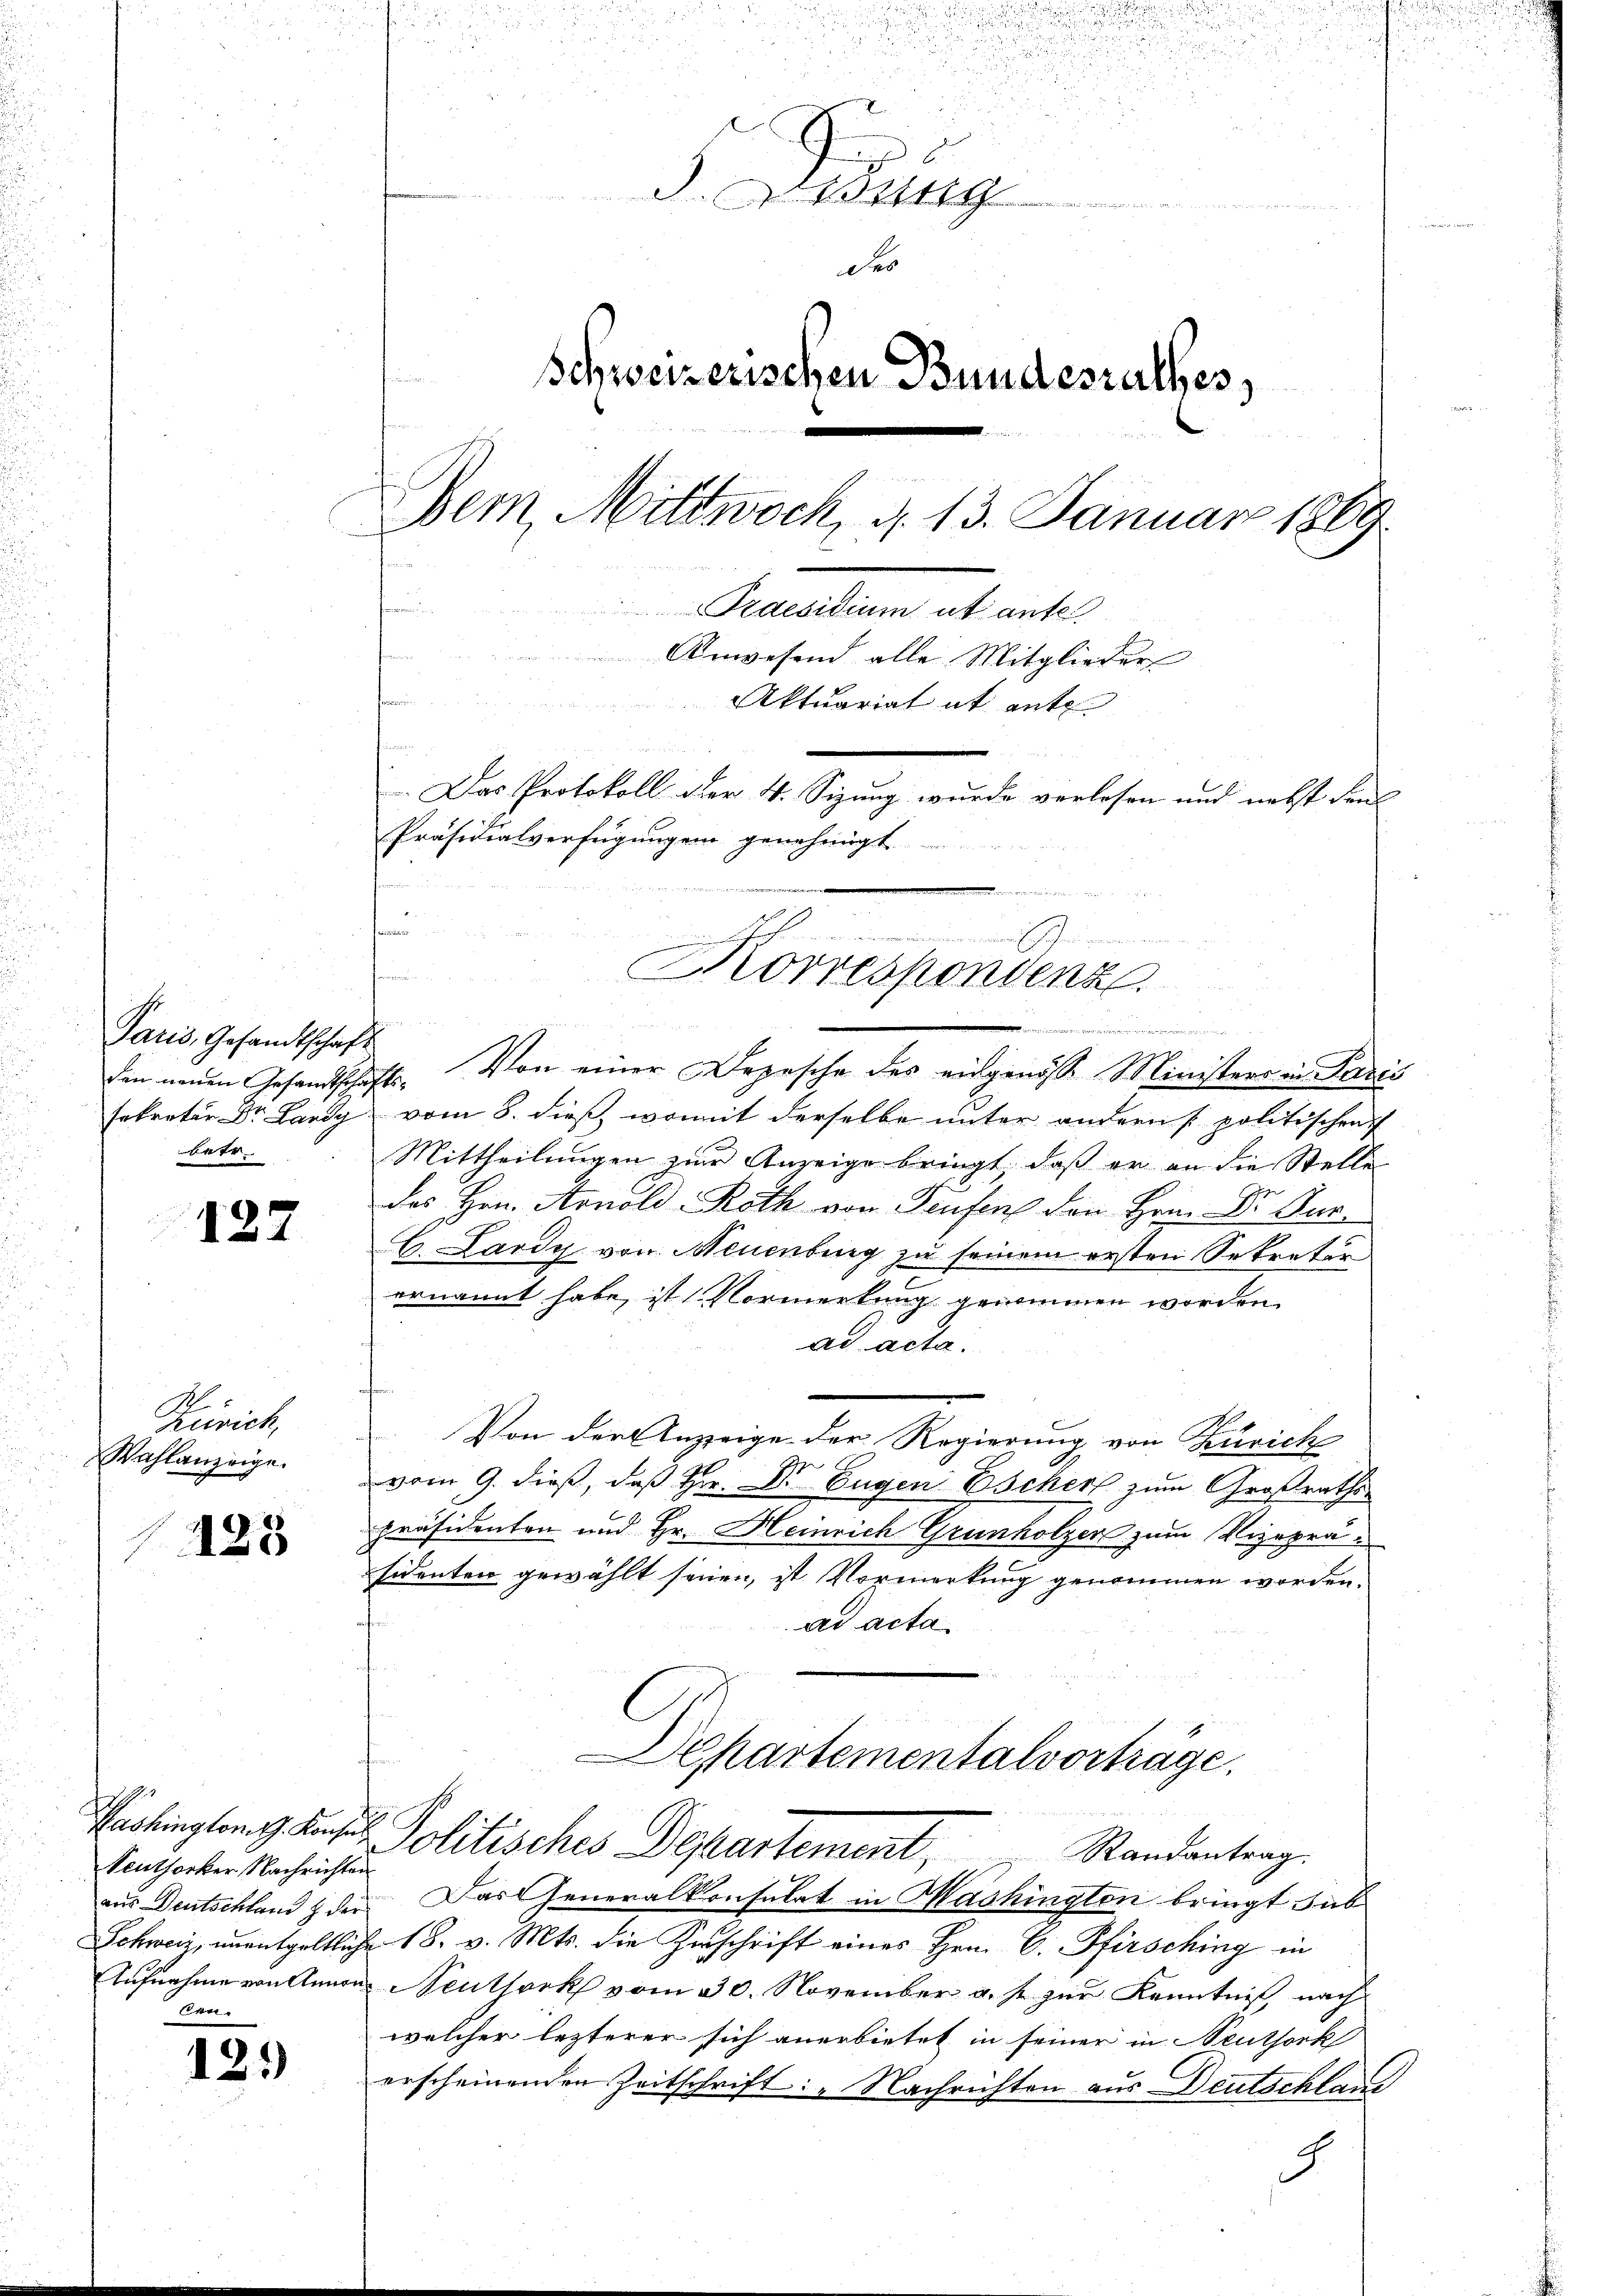
Paris, Gesandtschaft
betr.

127

Zürich,
Wahlanzeige.

125

Veuthorker Nachrichten
den.

121)

n

i
2
.

.
c
des
Schweizerischen Bundesrathes,
Dem, Mittwoch, d. 13. Januar 1869
n
Praesidium ut anfe
Anwesend alle Mitglieder
s
Aktuariat ab ante
e
Das Protokoll der 4. Sizung wurde verlesen und nebst den
Präsidialverfügungen genehmigt
formen

Korrespondenz

u

Ein neuen Gesandtschaft. Von einer Depesche des eidgenosse Ministers in Paris
sekretär Dr. Lardy vom 8. dieß, womit derselbe unter andern politischen
Mittheilungen zur Anzeige bringt, daß er an die Stelle
des Hrn. Arnold Roth von Teufen den Hrn. Dr Sur¬
C. Lardy von Neuenburg zu seinem ersten Sekretär
ernannt habe, ist (Vormerkung genommen worden.
ad acta.
¬
Von der Anzeige der Regierung von Zürich
vom 9. dieß, daß Hr. Dr Eugen Escher zum Großraths-
präsidenten und Hr. Heinrich Grunholzer zum Vizepräsidenten gewählt seien, ist Vormerkung genommen worden.
ad acta.

Departementalvorträge.
Paolinglanz anses Politisches Departement,
Randantrag.

aus Deutschland & der Das Generalkonsulat in Washington bringt sub
Schweiz, unentgeltliche 18. v. Mts. die Zerschrift eines Hrn. E. Pfirsching in
Aufnahme von Annau Neuthork vom 30. November u. s. zur Kenntniß nach
welcher lezterer sich anerbietet in seiner in Neuthork
erscheinenden Zeitschrift: „Nachrichten aus Deutschland
9